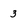
Character: 3